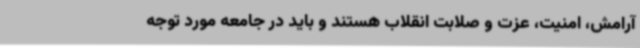
آرامش، امنیت، عزت و صلابت انقلاب هستند و باید در جامعه مورد توجه